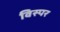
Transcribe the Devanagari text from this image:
विस्पर